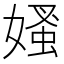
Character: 𡠁